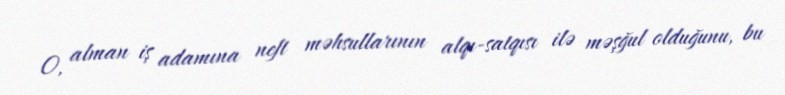
O, alman iş adamına neft məhsullarının alqı-satqısı ilə məşğul olduğunu, bu